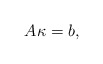
\begin{align*} A\kappa = b, \end{align*}